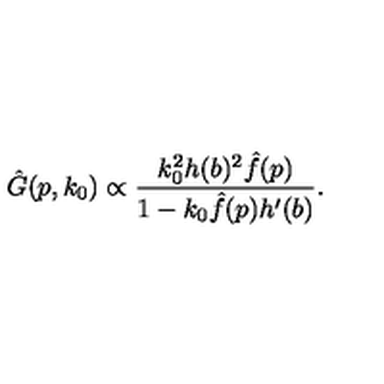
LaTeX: \hat { G } ( p , k _ { 0 } ) \propto { \frac { k _ { 0 } ^ { 2 } h ( b ) ^ { 2 } \hat { f } ( p ) } { 1 - k _ { 0 } \hat { f } ( p ) h ^ { \prime } ( b ) } } .